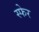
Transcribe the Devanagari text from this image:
स्फेर